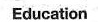
Education